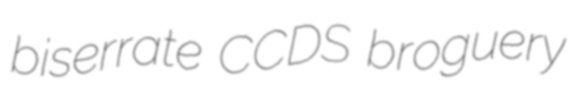
biserrate CCDS broguery